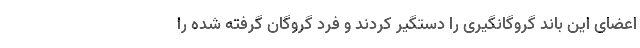
اعضای این باند گروگانگیری را دستگیر کردند و فرد گروگان گرفته شده را